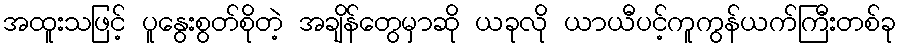
အထူးသဖြင့် ပူနွေးစွတ်စိုတဲ့ အချိန်တွေမှာဆို ယခုလို ယာယီပင့်ကူကွန်ယက်ကြီးတစ်ခု